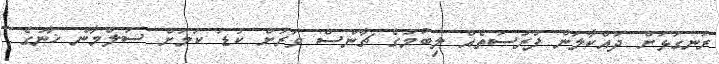
ރަނގަޅަށް ދައްކާލަން ފުރުސަތެއް ލިބުމުގެ ޗާންސް ވަރަށް ކުޑަ ކަމަށް ސަލްމާން ޚާނުގެ